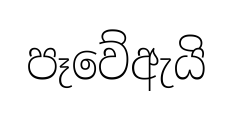
පෑවේඇයි